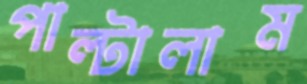
পাল্টালাম